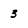
Character: 3